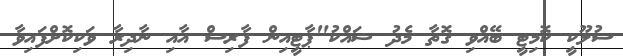
ސުލޫކީ ކޮމިޓީ ބޭއްވި ގޮތާ މެދު ޝައްކު"ޕާޓީއިން ފާރިސް އާއި ނާދިރާ ވަކިކޮށްފައިވާ